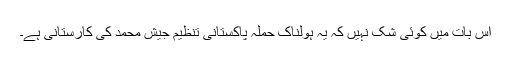
اِس بات میں کوئی شک نہیں کہ یہ ہولناک حملہ پاکستانی تنظیم جیش محمد کی کارستانی ہے۔